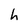
Character: h